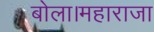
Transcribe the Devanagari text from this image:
बोला।महाराजा